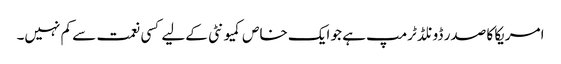
امریکا کا صدر ڈونلڈ ٹرمپ ہے جو ایک خاص کمیو نٹی کےلیے کسی نعمت سے کم نہیں۔